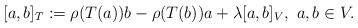
LaTeX: \begin{align*}[a,b]_T : = \rho (T(a))b - \rho (T(b))a + \lambda [a,b]_V, ~ a, b \in V.\end{align*}